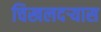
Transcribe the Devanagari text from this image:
चिखलदर्‍यास